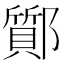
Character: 𨟊